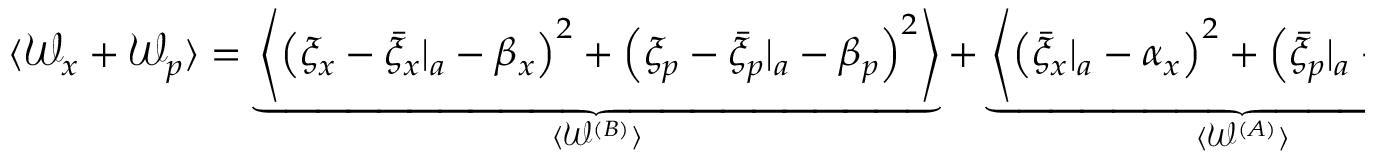
\begin{array} { r } { \langle \mathcal { W } _ { x } + \mathcal { W } _ { p } \rangle = \underbrace { \left\langle \left( \xi _ { x } - { \bar { \xi } _ { x } } | _ { a } - \beta _ { x } \right) ^ { 2 } + \left( \xi _ { p } - { \bar { \xi } _ { p } } | _ { a } - \beta _ { p } \right) ^ { 2 } \right\rangle } _ { \langle \mathcal { W } ^ { ( B ) } \rangle } + \underbrace { \left\langle \left( { \bar { \xi } _ { x } } | _ { a } - \alpha _ { x } \right) ^ { 2 } + \left( { \bar { \xi } _ { p } } | _ { a } - \alpha _ { p } \right) ^ { 2 } \right\rangle } _ { \langle \mathcal { W } ^ { ( A ) } \rangle } \; . } \end{array}